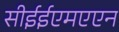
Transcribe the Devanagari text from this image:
सीईईएमएएन